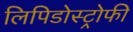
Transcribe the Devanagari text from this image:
लिपिडोस्ट्रोफी